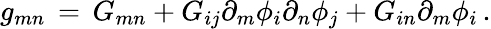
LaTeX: g_{mn}\, =\, G_{mn}+G_{ij}\partial_{m}\phi_{i}\partial_{n}\phi_{j}+G_{in}\partial_{m}\phi_{i}\, .